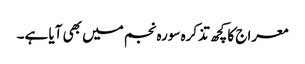
معراج کا کچھ تذکرہ سورہ نجم میں بھی آیا ہے۔